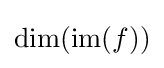
{\textstyle \dim(\operatorname {im} (f))}